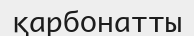
қарбонатты